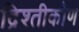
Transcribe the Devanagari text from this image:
द्रिश्तीकोण